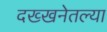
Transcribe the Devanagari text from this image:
दख्खनेतल्या